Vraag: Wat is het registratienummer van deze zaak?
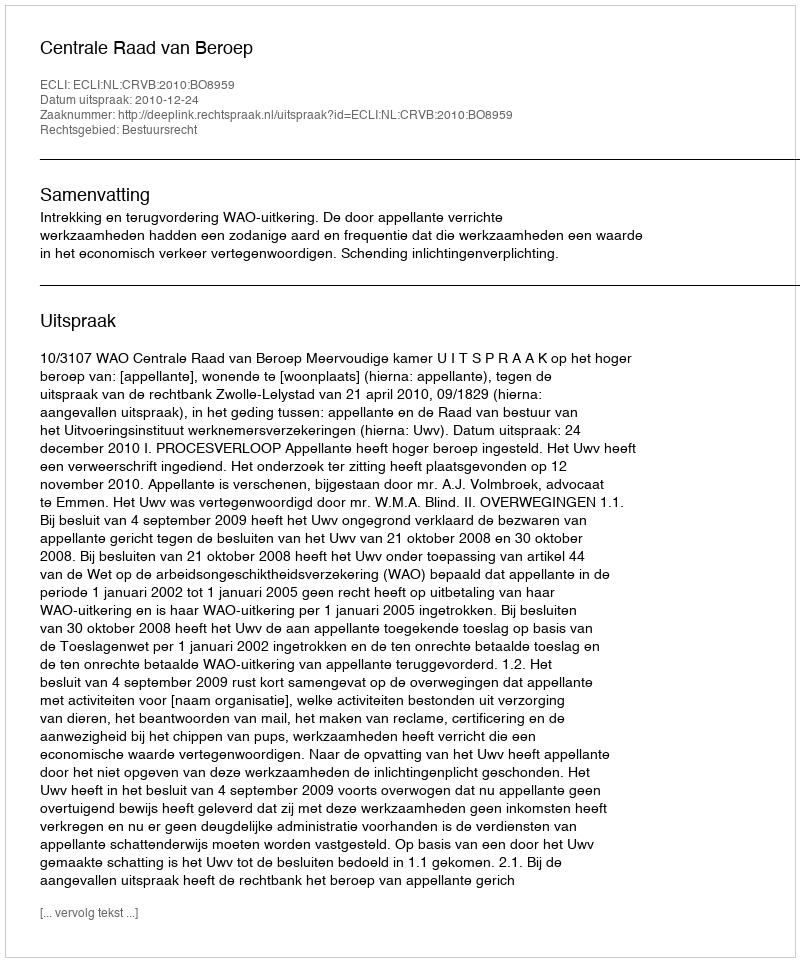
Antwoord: http://deeplink.rechtspraak.nl/uitspraak?id=ECLI:NL:CRVB:2010:BO8959